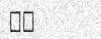
١٣